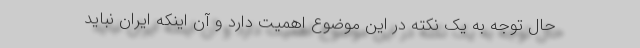
حال توجه به یک نکته در این موضوع اهمیت دارد و آن اینکه ایران نباید